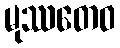
မုဿတေဝ